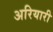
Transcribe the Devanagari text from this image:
अरियारी